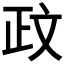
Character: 𫿮